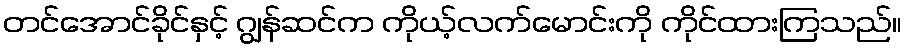
တင်အောင်ခိုင်နှင့် ဂျွန်ဆင်က ကိုယ့်လက်မောင်းကို ကိုင်ထားကြသည်။